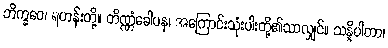
ဘိက္ခဝေ၊ ရဟန်းတို့။ တိဏ္ဏံခေါပန၊ အကြောင်းသုံးပါးတို့၏သာလျှင်။ သန္နိပါတာ၊